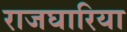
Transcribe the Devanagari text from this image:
राजघारिया